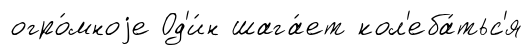
огро́мноjе Од'и́н шага́ет кол'еба́тьс'я